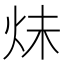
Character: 𪸙